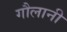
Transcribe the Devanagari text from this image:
गौलानी